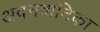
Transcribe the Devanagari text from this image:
अदनवाटिका